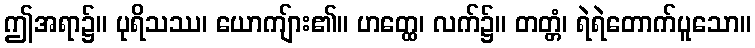
ဤအရာ၌။ ပုရိသဿ၊ ယောကျ်ား၏။ ဟတ္ထေ၊ လက်၌။ တတ္တံ၊ ရဲရဲတောက်ပူသော။